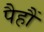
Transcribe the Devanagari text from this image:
पैहौं